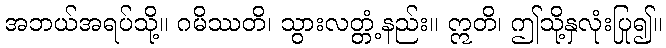
အဘယ်အရပ်သို့။ ဂမိဿတိ၊ သွားလတ္တံ့နည်း။ ဣတိ၊ ဤသို့နှလုံးပြု၍။